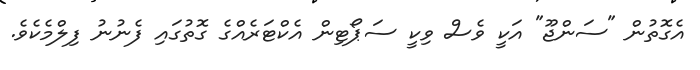
އެގޮތުން "ސަންޖޫ" އަކީ ވެސް ވިކީ ސަޕޯޓިން އެކްޓަރެއްގެ ގޮތުގައި ފެނުނު ފިލްމެކެވެ.